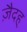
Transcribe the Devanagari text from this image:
ज़ैदह्